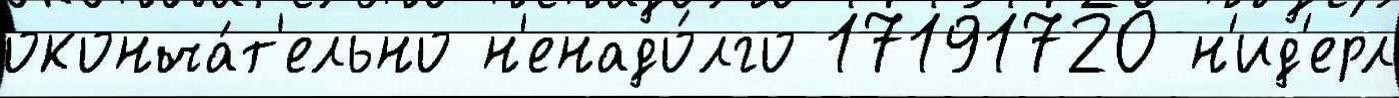
оконча́т'ельно н'енадо́лго 17191720 н'ид'ерл